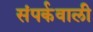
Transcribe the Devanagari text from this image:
संपर्कवाली